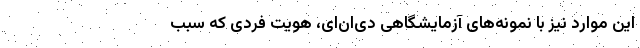
این موارد نیز با نمونه‌های آزمایشگاهی دی‌ان‌ای، هویت فردی که سبب